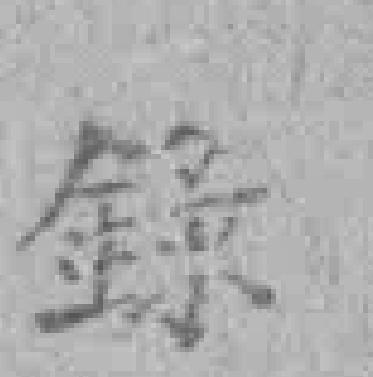
錄